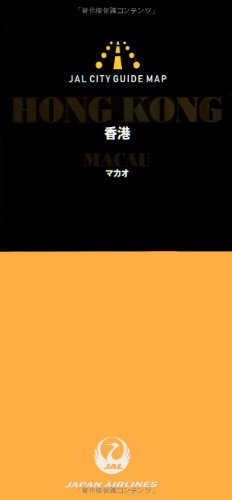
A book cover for Hong Kong / Macau (JAL City Guide Map) (2012) ISBN: 487641968X [Japanese Import]; Travel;